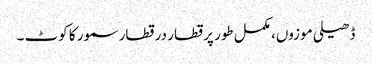
ڈھیلی موزوں، مکمل طور پر قطار در قطار سمور کا کوٹ ۔